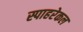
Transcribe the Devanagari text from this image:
स्पाहरेकल